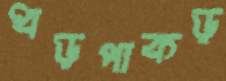
ধড়পাকড়